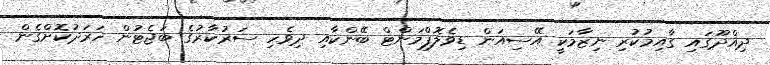
ދިއްދޫގައި ގާއިމުކުރި ނިޒާމަކީ އޭސިއަން ޑިވެލޮޕްމަންޓް ބޭންކާއި ދިވެހި ސަރުކާރުގެ ބަޖެޓުން ހަރަދުކޮށްގެން